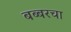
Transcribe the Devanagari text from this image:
बब्बरचा